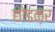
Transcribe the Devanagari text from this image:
छोडक़र